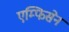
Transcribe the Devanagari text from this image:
एम्फिसेन